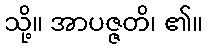
သို့။ အာပဇ္ဇတိ၊ ၏။